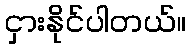
ငှားနိုင်ပါတယ်။